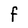
Character: F